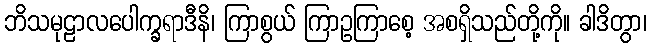
ဘိသမုဠာလပေါက္ခရာဒီနိ၊ ကြာစွယ် ကြာဥကြာစေ့ အစရှိသည်တို့ကို။ ခါဒိတွာ၊